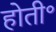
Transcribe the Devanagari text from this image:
होती॰